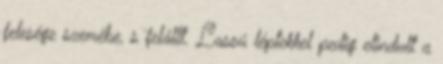
felesége szemébe, s felállt. Lassú léptekkel pedig elindult a